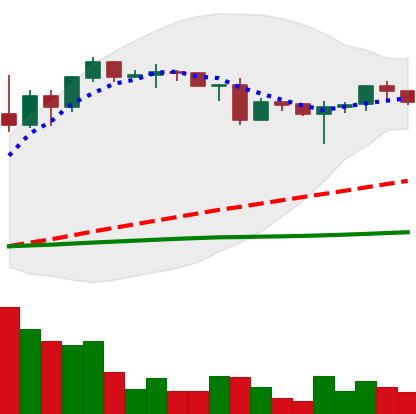
Ticker: ADA-USD
Chart end date: 2020-06-19
Forward return: 3.744%
Label: up_3_5